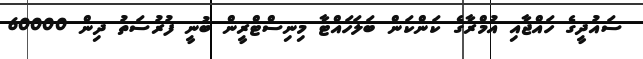
ސައުދީގެ ހައްޖާއި އުމްރާގެ ކަންކަން ބަލަހައްޓާ މިނިސްޓްރީން ބުނީ ފުރުސަތު ދިން 60000